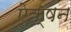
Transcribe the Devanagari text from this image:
ऐक्षन